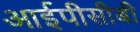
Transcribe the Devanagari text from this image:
आईपीसीबी